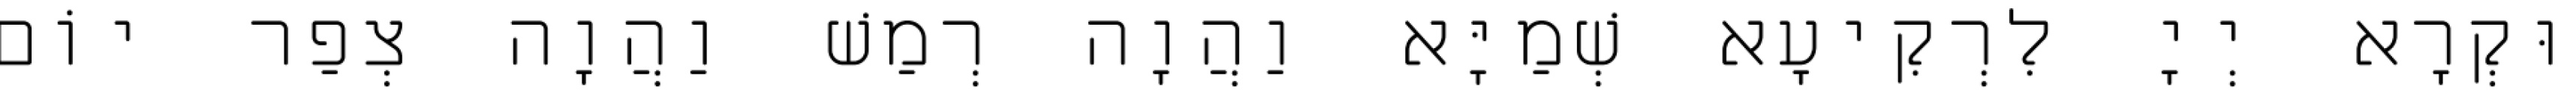
וּקְרָא יְיָ לִרְקִיעָא שְׁמַיָּא וַהֲוָה רְמַשׁ וַהֲוָה צְפַר יוֹם